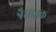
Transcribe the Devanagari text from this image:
त्रैधातुक